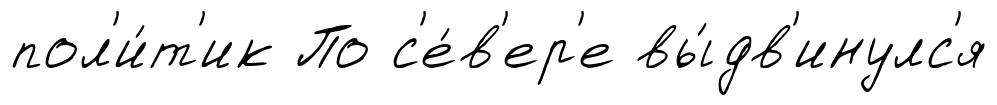
пол'и́т'ик По с'е́в'ер'е вы́дв'инулс'я